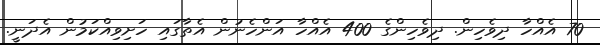
70 އެއްހާ ދިވެހިން. ދިވެހިންގެ 400 އެއްހާ އަންހެނުން އެތާގައި ހަށިވިއްކަމުން އެދަނީ.